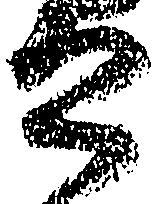
公